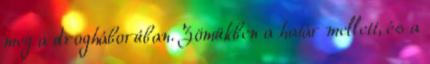
meg a drogháborúban. Zömükben a határ mellett, és a